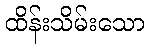
ထိန်းသိမ်းသော